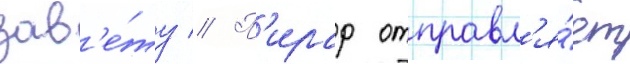
зав'е́ту // П'ирар отправл'я́ет